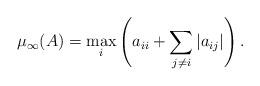
LaTeX: \begin{align*}\mu_\infty(A) = \max_{i} \left (a_{ii} + \sum_{j \ne i} |a_{ij}|\right ).\end{align*}